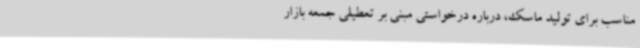
مناسب برای تولید ماسک، درباره درخواستی مبنی بر تعطیلی جمعه بازار